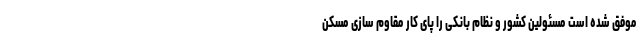
موفق شده است مسئولین کشور و نظام بانکی را پای کار مقاوم سازی مسکن